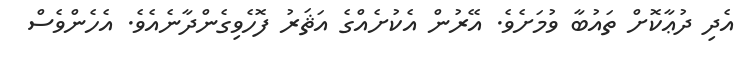
އެދި ދުޢާކޮށް ތައުބާ ވުމަށެވެ. އޭރުން އެކުށެއްގެ އަޘަރު ފޮހެވިގެންދާނެއެވެ. އެހެންވެސް